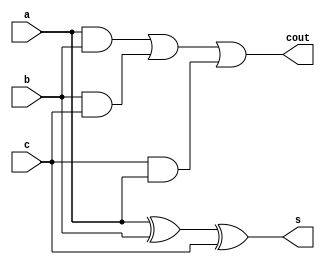
`timescale 1ns / 1ps

module FA1(a,b,c,s,cout);
input a,b,c;
output reg s,cout;
always@(a or b or c)
begin
s=a^b^c;
cout=(a&b)|(b&c)|(c&a);
end
endmodule